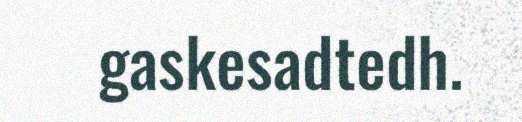
gaskesadtedh.